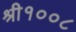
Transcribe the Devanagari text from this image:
श्री१००८